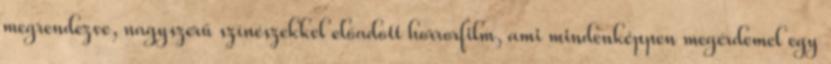
megrendezve, nagyszerű színészekkel előadott horrorfilm, ami mindenképpen megérdemel egy